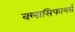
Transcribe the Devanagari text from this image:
क्लासिफायर्स